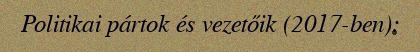
Politikai pártok és vezetőik (2017-ben):